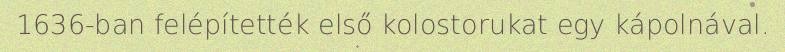
1636-ban felépítették első kolostorukat egy kápolnával.